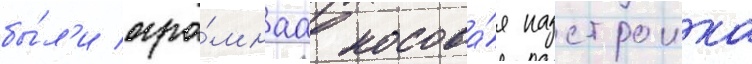
бы́л'и огро́мнаа носова́я надстроика